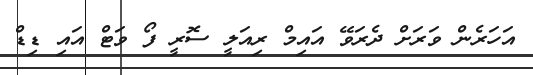
އަހަރެން ވަރަށް ދެރަވޭ އައިމް ރިއަލީ ސޮރީ ފޯ ވަޓް އައި ޑިޑް